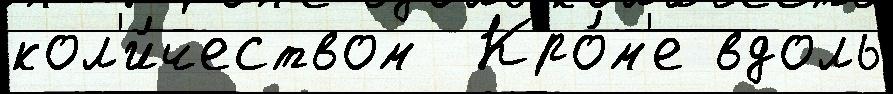
кол'и́чеством  Кро́м'е вдоль